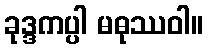
ခုဒ္ဒကပ္ပါ မဓုဿဝါ။